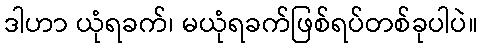
ဒါဟာ ယုံရခက်၊ မယုံရခက်ဖြစ်ရပ်တစ်ခုပါပဲ။